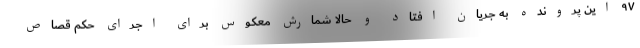
۹۷ این پرونده به جریان افتاد و حالا شمارش معکوس برای اجرای حکم قصاص